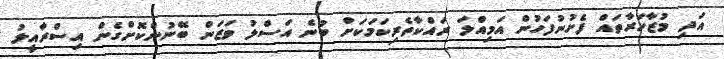
އަދި މުޒާހަރާތައް ފެށުނުފަހުން އަމިއްލަ ރައްކާތެރިކަމަކަށް ބުނެ އަސްލު ވަޒަން ބޭނުންކޮށްގެން އިސްރާއީލު